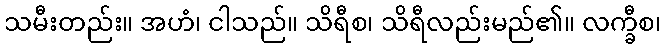
သမီးတည်း။ အဟံ၊ ငါသည်။ သိရီစ၊ သိရီလည်းမည်၏။ လက္ခီစ၊